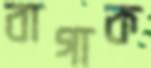
বাগাক